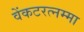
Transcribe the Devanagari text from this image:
वेंकटरत्नम्मा